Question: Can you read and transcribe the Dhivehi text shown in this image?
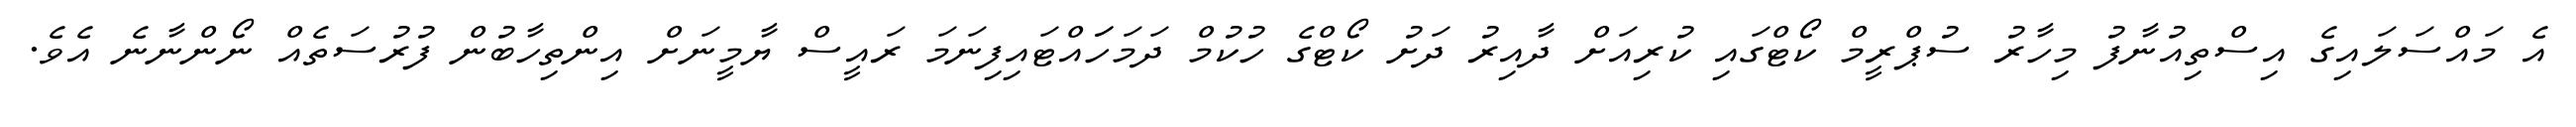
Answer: އެ މައްސަލައިގެ އިސްތިއުނާފު މިހާރު ސުޕްރީމް ކޯޓްގައި ކުރިއަށް ދާއިރު ދަށު ކޯޓްގެ ހުކުމް ދަމަހަައްޓައިފިނަމަ ރައީސް ޔާމީނަށް އިންތިހާބުން ފުރުސަތެއް ނޯންނާނެ އެވެ.